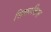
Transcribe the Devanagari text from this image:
सिफाकिस